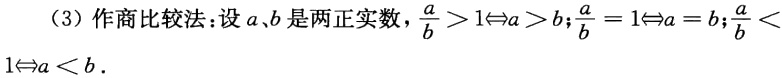
（3）作商比较法:设\(a、b\)是两正实数，\(\frac{a}{b} > 1\Leftrightarrow a > b;\frac{a}{b} = 1\Leftrightarrow a = b;\frac{a}{b} < 1\Leftrightarrow a < b\).